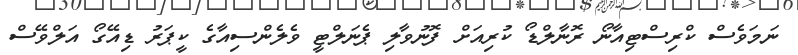
ނަމަވެސް ކްރިސްޓިއާނޯ ރޮނާލްޑޯ ކުރިއަށް ފޮނުވާލި ޕެނަލްޓީ ވެލެންސިއާގެ ކީޕަރު ޑިއޭގޯ އަލްވޭސް